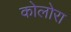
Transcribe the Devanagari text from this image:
कोलोरा